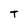
Character: T